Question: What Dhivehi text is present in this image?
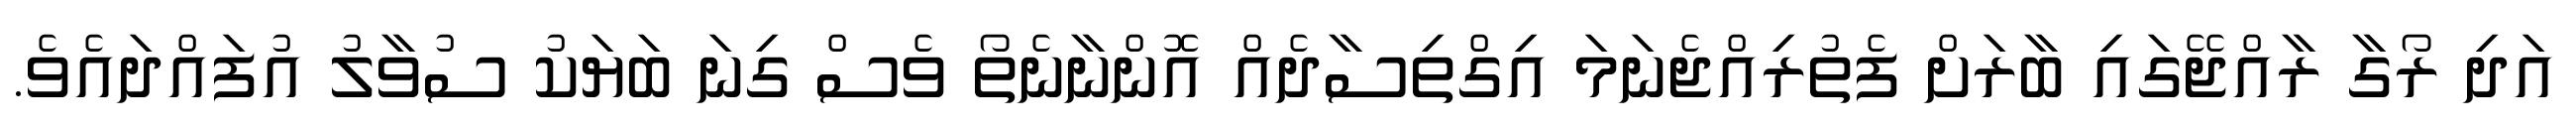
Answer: އަދި ރޯގާ ރާއްޖޭގައި ބާރަށް ފެތުރިއްޖެނަމަ އިގްތިސާދެއް އޮންނާނެތޯ ވެސް ގިނަ ބަޔަކު ސުވާލު އުފައްދައެވެ.